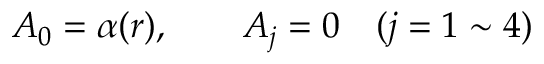
A _ { 0 } = \alpha ( r ) , \qquad A _ { j } = 0 \quad ( j = 1 \sim 4 )